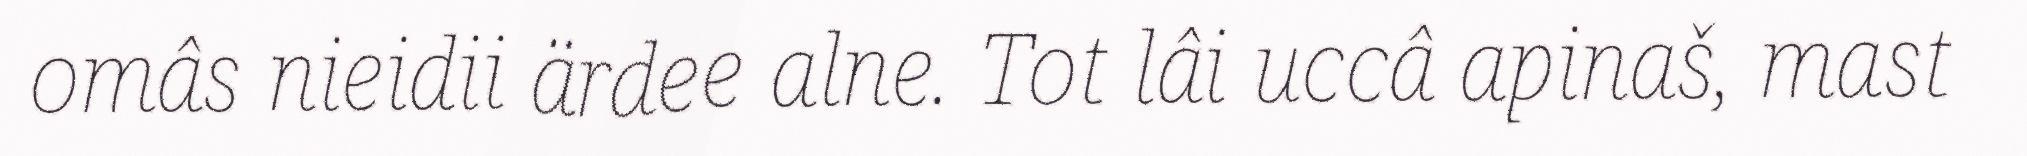
omâs nieidii ärdee alne. Tot lâi uccâ apinaš, mast